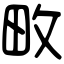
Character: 畋